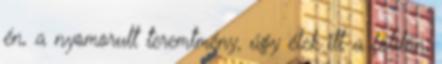
én, a nyomorult teremtmény, úgy élek itt a földön,